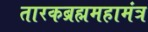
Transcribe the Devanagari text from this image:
तारकब्रह्ममहामंत्र